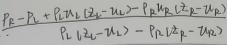
\(P_{l}-P_{k}+c_{l}(z_{k}-u_{k}) = c_{k}(z_{p}-u_{p})\)
\(c_{l}(z_{k}-u_{k}) = c_{k}(z_{p}-u_{p})\)